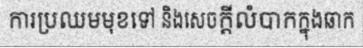
ការប្រឈមមុខទៅ និងសេចក្តីលំបាកក្នុងឆាក